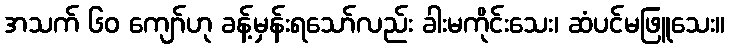
အသက် ၆၀ ကျော်ဟု ခန့်မှန်းရသော်လည်း ခါးမကိုင်းသေး၊ ဆံပင်မဖြူသေး။